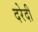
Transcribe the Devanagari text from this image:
दरेदी